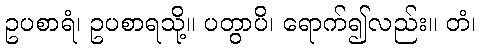
ဥပစာရံ၊ ဥပစာရသို့။ ပတွာပိ၊ ရောက်၍လည်း။ တံ၊